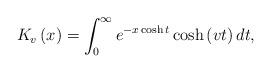
LaTeX: \begin{align*}K_{v}\left( x\right) =\int_{0}^{\infty }e^{-x\cosh t}\cosh \left( vt\right)dt, \end{align*}